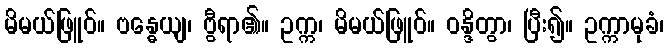
မိမယ်ဖြူဝ်။ ဗန္ဓေယျ၊ ဗွီရာ၏။ ဥက္က၊ မိမယ်ဖြူဝ်။ ဝန္ဒိတွာ၊ ပြီး၍။ ဥက္ကာမုခံ၊